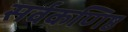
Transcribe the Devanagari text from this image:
सर्वकणिष्ठ